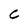
Character: C